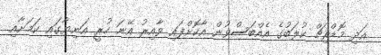
އަދި މޮޑްރިޗް ކުލަބުގެ އެއްބަސްވުން އާކޮށްފައި ވާއިރު އޭނަ ހުރީ އަނިޔާގައި ކަމަށާއި